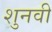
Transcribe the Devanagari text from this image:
शुनवी